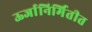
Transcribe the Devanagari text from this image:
ऊर्जानिर्मितीत